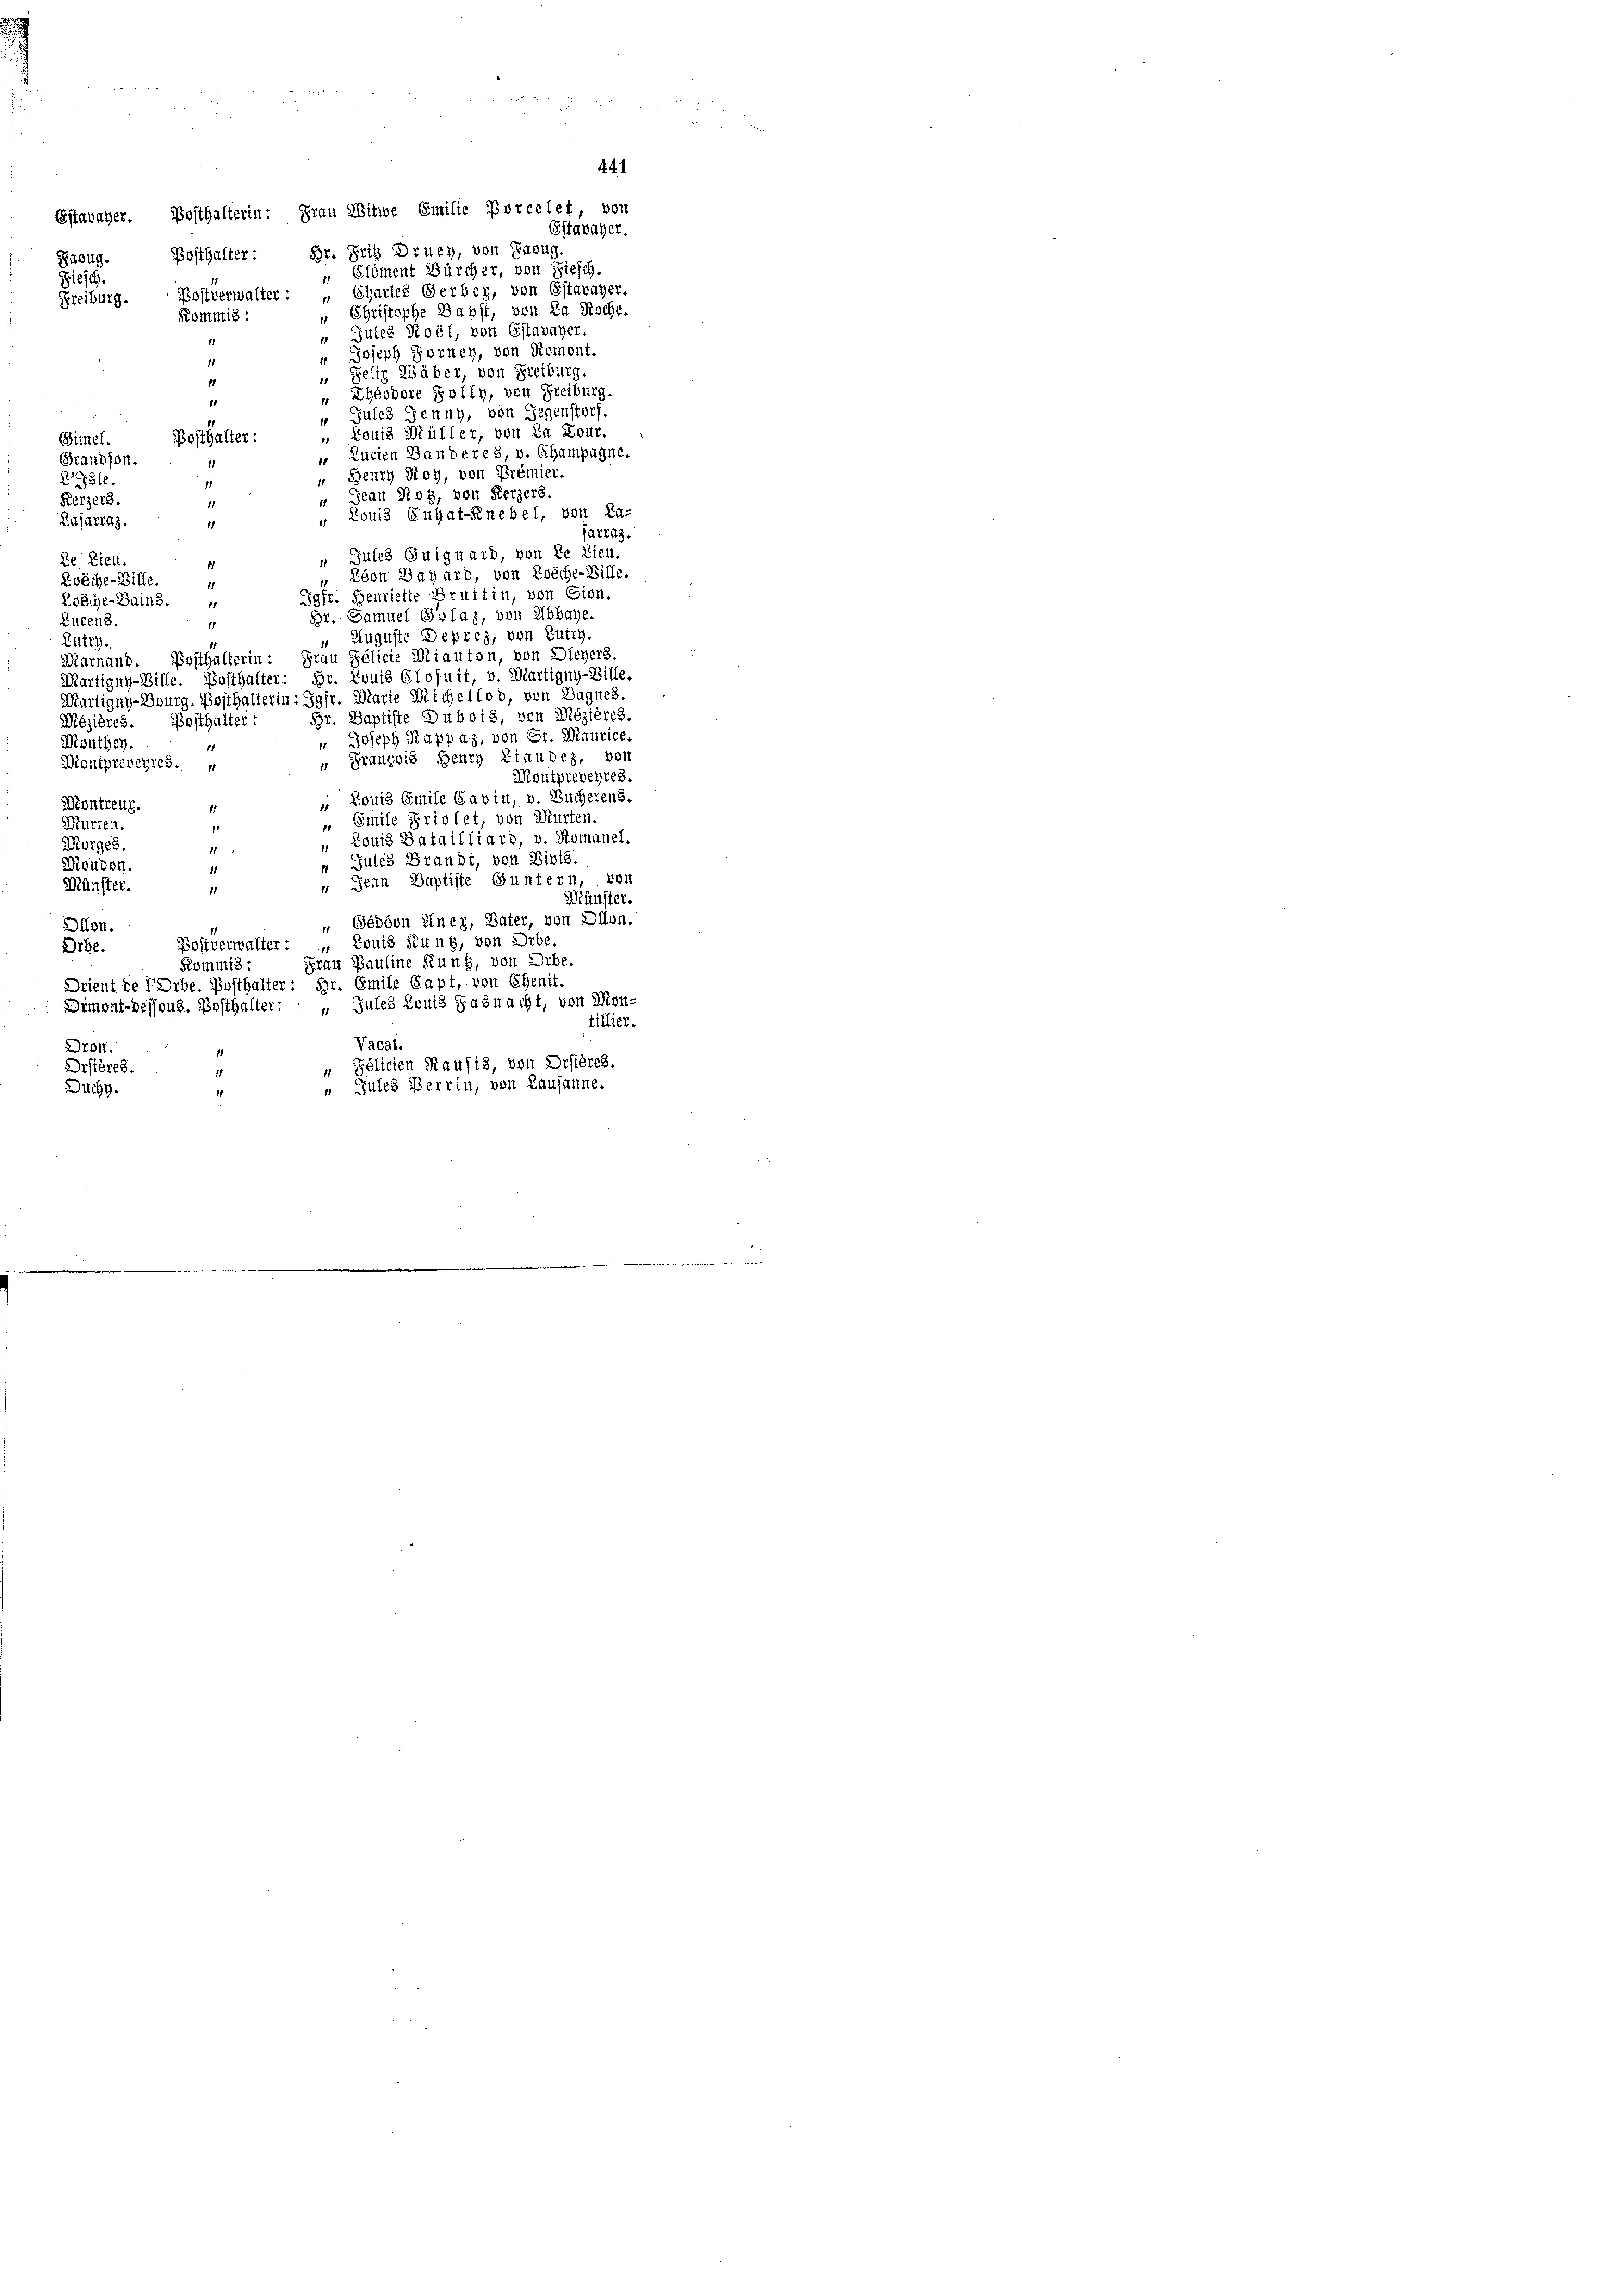
Estavayer. Posthalterin: Frau Witwe Emilie Porcelet, von
Subug. Posthalter: Hr. Fritz Druey, von Saug.
" Clement Bürcher, von Fiesch.
Fiesch.
Postverwalter : „Charles Gerber, von Estavayer.
Freiburg.
„ Christophe Dapft, von Za Fische.
Kommis :
 Gutes Stoöl, von Estavayer.
1.
 Joseph Zorney, von Romont.
11
„ Felix Wäber, von Freiburg.
17
 Ehéodere Zolly, von Freiburg.
„ Jules Jenny, von Gegenstorf.
„ Louis Müller, von in Lour.
Bosthalter
Simel.
„ Lucien Bandere 8, v. Champagne.
Grandson.
Beuch Roy, von Prémier.
2331.
" Jean Roy, von Kerzers.
Retzers.
„ Louis Engat-Knebel, von La-
Pajarraz.
1
farraz.
Jules Guignard, von de lieu.
Le Lieu
1
Eson Bazard, von Knöche-Bille.
Zwöche-Bille.
1
11
Jgfr. Henriette Bruttin, von Gion.
Kröche-Bains.
Br. Samuel Solaz, von Abbaye.
Lucens.
11
 Auguste Deprez, von Lutry.
Lutry.
Posthalterin: Frau Pélicie Miauton, von Diegers.
Marnand.
Martigny-Bille. Posthalter: Hr. Louis Elofuit, v. Martigny-Bille.
Martigny-Bourg. Posthalterin: Jgfr. Marie Michellod, von Bagnes.
Br. Baptiste Dubois, von Mézières.
Dézières
Bosthalter:
" Joseph Rappaz, von St. Maurice
Monthey.
11
 Prançois Henry Riaubes, von
Montprebehres.
Montprebenres.
„ Louis Emile Savin, v. Bücherens.
Montreuz
Emile Priolet, von Murten.
Murten.
1
 Louis Batailliars, v. Romanel.
Morges.
11
 Julch Brandt, von Divis.
Moudon.
d
 Jean Baptiste Guntern, von
Münster.
1
Münster.
„ Gébéon Uner, Vater, von Dion.
Dion.
Postverwalter: „ Louis Rung, von Erbe,
Orbe.
Frau Pauline Funk, von Drbe.
Kommis:
Drient de VOrbe. Posthalter: Hr. Emile Capt, von Ehenit.
Dimont-dessous, Posthalter: „Jules Louis Faßnacht, von Mon-
tillier.
Vacat.
Dron.
Pélicien Kausis, von Drières.
Drstères.
Jules Berrin, von Lausanne.
Duchy.

.

.
Estavayer.